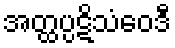
အတ္ထပ္ပဋိသံဝေဒီ